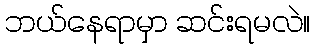
ဘယ်နေရာမှာ ဆင်းရမလဲ။